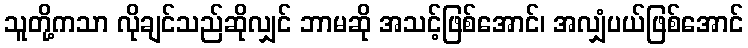
သူတို့ကသာ လိုချင်သည်ဆိုလျှင် ဘာမဆို အသင့်ဖြစ်အောင်၊ အလျှံပယ်ဖြစ်အောင်